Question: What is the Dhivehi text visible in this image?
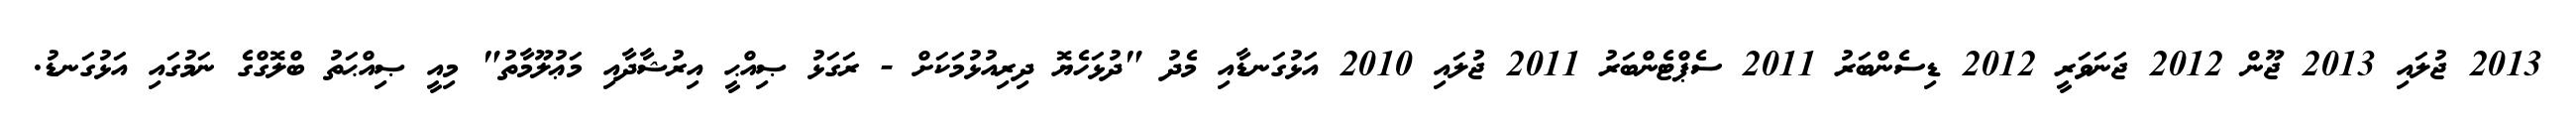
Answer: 2013 ޖުލައި 2013 ޖޫން 2012 ޖަނަވަރީ 2012 ޑިސެންބަރު 2011 ސެޕްޓެންބަރު 2011 ޖުލައި 2010 އަޅުގަނޑާއި މެދު "ދުޅަހެޔޮ ދިރިއުޅުމަކަށް - ރަގަޅު ޞިއްޙީ އިރުޝާދާއި މަޢުލޫމާތު" މިއީ ޞިއްޙަތު ބްލޮގްގެ ނަމުގައި އަޅުގަނޑު.